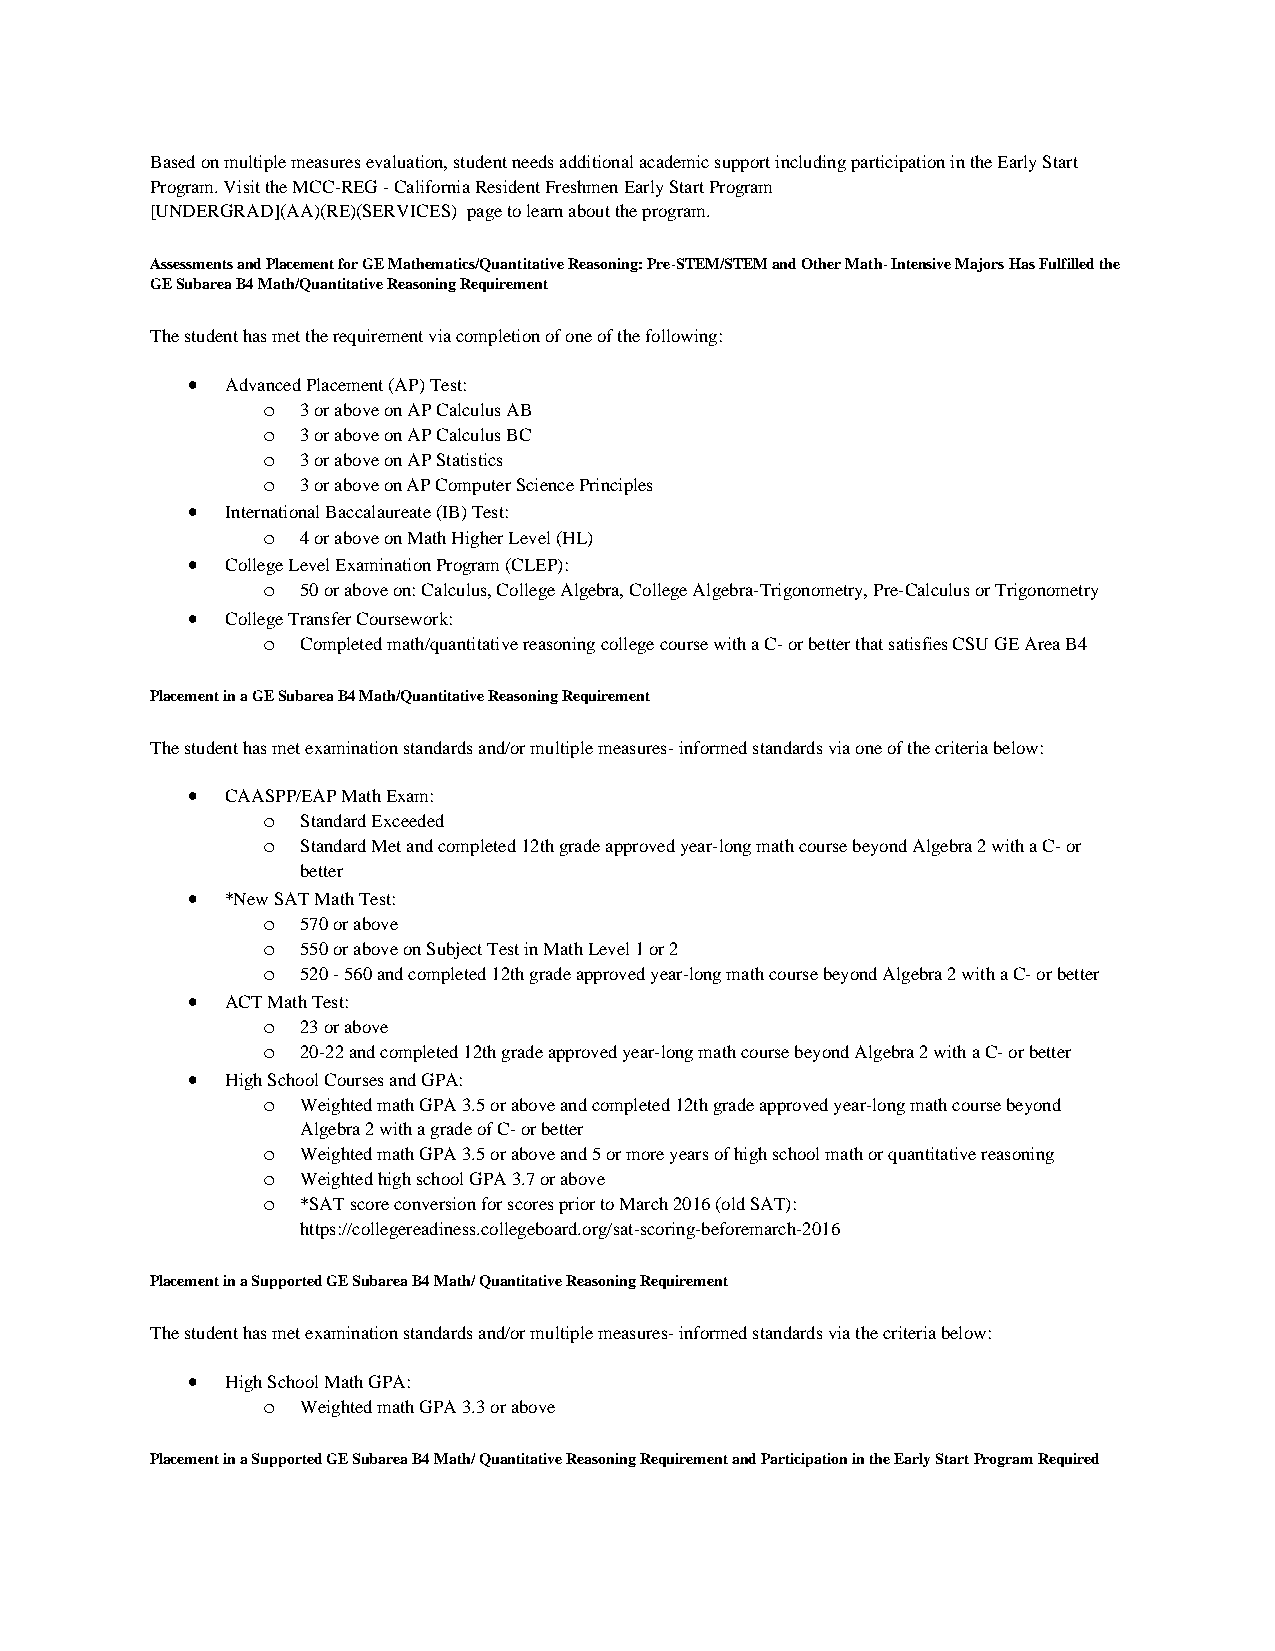
Based on multiple measures evaluation, student needs additional academic support including participation in the Early Start
 Program. Visit the MCC-REG - California Resident Freshmen Early Start Program
 [UNDERGRAD](AA)(RE)(SERVICES) page to learn about the program.
 Assessments and Placement for GE Mathematics/Quantitative Reasoning: Pre-STEM/STEM and Other Math- Intensive Majors Has Fulfilled the
 GE Subarea B4 Math/Quantitative Reasoning Requirement
 The student has met the requirement via completion of one of the following:
 •  Advanced Placement (AP) Test:
 o  3 or above on AP Calculus AB
 o  3 or above on AP Calculus BC
 o  3 or above on AP Statistics
 o  3 or above on AP Computer Science Principles
 •  International Baccalaureate (IB) Test:
 o  4 or above on Math Higher Level (HL)
 •  College Level Examination Program (CLEP):
 o  50 or above on: Calculus, College Algebra, College Algebra-Trigonometry, Pre-Calculus or Trigonometry
 •  College Transfer Coursework:
 o  Completed math/quantitative reasoning college course with a C- or better that satisfies CSU GE Area B4
 Placement in a GE Subarea B4 Math/Quantitative Reasoning Requirement
 The student has met examination standards and/or multiple measures- informed standards via one of the criteria below:
 •  CAASPP/EAP Math Exam:
 o  Standard Exceeded
 o  Standard Met and completed 12th grade approved year-long math course beyond Algebra 2 with a C- or
 better
 •  *New SAT Math Test:
 o  570 or above
 o  550 or above on Subject Test in Math Level 1 or 2
 o  520 - 560 and completed 12th grade approved year-long math course beyond Algebra 2 with a C- or better
 •  ACT Math Test:
 o  23 or above
 o  20-22 and completed 12th grade approved year-long math course beyond Algebra 2 with a C- or better
 •  High School Courses and GPA:
 o  Weighted math GPA 3.5 or above and completed 12th grade approved year-long math course beyond
 Algebra 2 with a grade of C- or better
 o  Weighted math GPA 3.5 or above and 5 or more years of high school math or quantitative reasoning
 o  Weighted high school GPA 3.7 or above
 o  *SAT score conversion for scores prior to March 2016 (old SAT):
 https://collegereadiness.collegeboard.org/sat-scoring-beforemarch-2016
 Placement in a Supported GE Subarea B4 Math/ Quantitative Reasoning Requirement
 The student has met examination standards and/or multiple measures- informed standards via the criteria below:
 •  High School Math GPA:
 o  Weighted math GPA 3.3 or above
 Placement in a Supported GE Subarea B4 Math/ Quantitative Reasoning Requirement and Participation in the Early Start Program Required